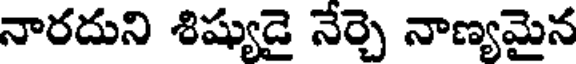
నారదుని శిష్యుడై నేర్చె నాణ్యమైన